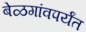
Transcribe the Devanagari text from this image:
बेळगांवपर्यंत